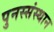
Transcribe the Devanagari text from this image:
पुनस्संस्थान